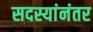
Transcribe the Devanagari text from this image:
सदस्यांनंतर